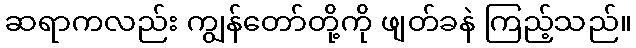
ဆရာကလည်း ကျွန်တော်တို့ကို ဖျတ်ခနဲ ကြည့်သည်။